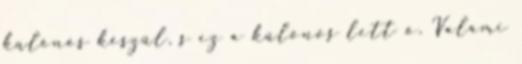
különös készül, s ez a különös lett ő. Valami